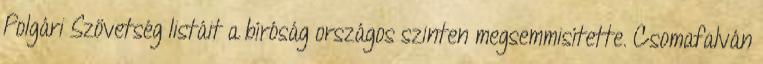
Polgári Szövetség listáit a bíróság országos szinten megsemmisítette. Csomafalván